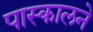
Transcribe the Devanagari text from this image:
पास्कालने